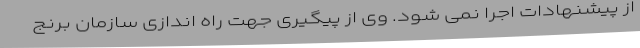
از پیشنهادات اجرا نمی شود. وی از پیگیری جهت راه اندازی سازمان برنج